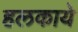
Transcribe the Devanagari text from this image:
हलकाये